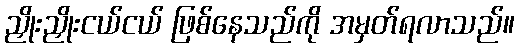
ညှိုးညှိုးငယ်ငယ် ဖြစ်နေသည်ကို အမှတ်ရလာသည်။